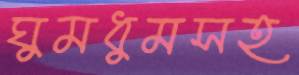
ঘুমধুমসহ